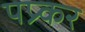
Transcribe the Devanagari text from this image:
पप्र्कर